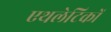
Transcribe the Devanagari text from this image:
एथलेटिकों